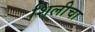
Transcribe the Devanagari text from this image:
शिलीचा